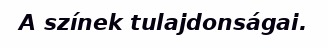
A színek tulajdonságai.